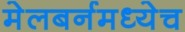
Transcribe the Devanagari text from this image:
मेलबर्नमध्येच